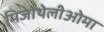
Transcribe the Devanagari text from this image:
मिजोथेलीओमा